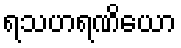
ရသဟရဏိယော